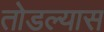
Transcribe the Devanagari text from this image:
तोडल्यास